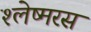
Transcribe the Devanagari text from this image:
श्लेष्मरस